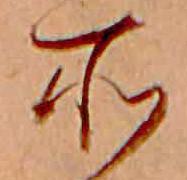
所